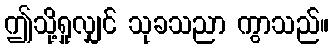
ဤသို့ရှုလျှင် သုခသညာ ကွာသည်။